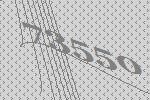
73550